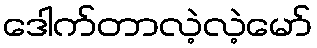
ဒေါက်တာလဲ့လဲ့မော်